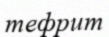
тефрит